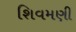
શિવમણી